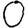
Digit: 0